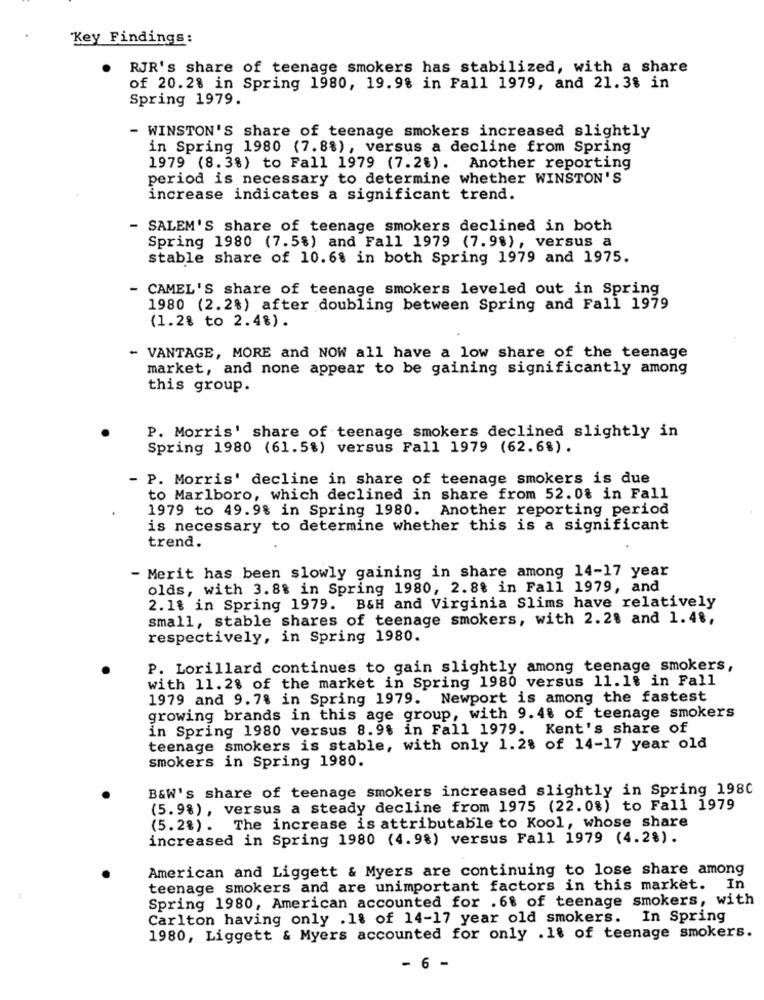
"Key Findings:
RJR's share of teenage smokers has stabilized, with a share
of 20.2% in Spring 1980, 19.9% in Fall 1979, and 21.3% in
Spring 1979.
- WINSTON'S share of teenage smokers increased slightly
in Spring 1980 (7.8%), versus a decline from Spring
1979 (8.3%) to Fall 1979 (7.28). Another reporting
period is necessary to determine whether WINSTON'S
increase indicates a significant trend.
SALEM'S share of teenage smokers declined in both
Spring 1980 (7.5%) and Fall 1979 (7.98), versus a
stable share of 10.68 in both Spring 1979 and 1975.
- CAMEL'S share of teenage smokers leveled out in Spring
1980 (2.2%) after doubling between Spring and Fall 1979
(1.2% to 2.4%).
- VANTAGE, MORE and NOW all have a low share of the teenage
market, and none appear to be gaining significantly among
this group.
P. Morris' share of teenage smokers declined slightly in
Spring 1980 (61.5%) versus Fall 1979 (62.6%).
- P. Morris' decline in share of teenage smokers is due
to Marlboro, which declined in share from 52.0% in Fall
1979 to 49.9% in Spring 1980. Another reporting period
is necessary to determine whether this is a significant
trend.
- Merit has been slowly gaining in share among 14-17 year
olds, with 3.8% in Spring 1980, 2.8% in Fall 1979, and
2.1% in Spring 1979. B&H and Virginia Slims have relatively
small, stable shares of teenage smokers, with 2.28 and 1.48,
respectively, in Spring 1980.
P. Lorillard continues to gain slightly among teenage smokers,
with 11.2% of the market in Spring 1980 versus 11.1% in Fall
1979 and 9.7% in Spring 1979. Newport is among the fastest
growing brands in this age group, with 9.4% of teenage smokers
in Spring 1980 versus 8.9% in Fall 1979. Kent's share of
teenage smokers is stable, with only 1.28 of 14-17 year old
smokers in Spring 1980.
B&W's share of teenage smokers increased slightly in Spring 198C
(5.9%), versus a steady decline from 1975 (22.0%) to Fall 1979
(5.2%) . The increase is attributable to Kool, whose share
increased in Spring 1980 (4.98) versus Fall 1979 (4.28).
American and Liggett & Myers are continuing to lose share among
teenage smokers and are unimportant factors in this market. In
Spring 1980, American accounted for .6% of teenage smokers, with
Carlton having only .18 of 14-17 year old smokers. In Spring
1980, Liggett & Myers accounted for only .1% of teenage smokers.
- 6 -